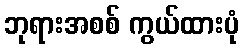
ဘုရားအစစ် ကွယ်ထားပုံ